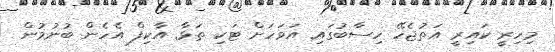
މިހިރީ ކައިރީ އަތުޖެހޭ ހިސާބުގައި